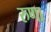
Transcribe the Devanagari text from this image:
रुणा